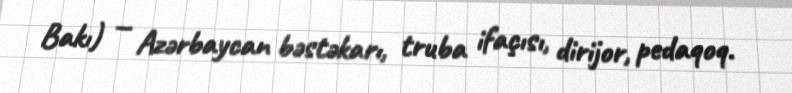
Bakı) — Azərbaycan bəstəkarı, truba ifaçısı, dirijor, pedaqoq.